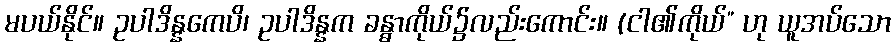
မပယ်နိုင်။ ဥပါဒိန္နကေပိ၊ ဥပါဒိန္နက ခန္ဓာကိုယ်၌လည်းကောင်း။ (ငါ၏ကိုယ်” ဟု ယူအပ်သော